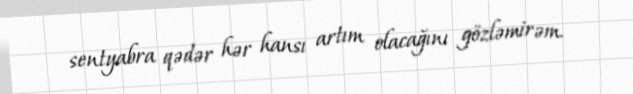
sentyabra qədər hər hansı artım olacağını gözləmirəm.